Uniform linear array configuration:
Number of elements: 32
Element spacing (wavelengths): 1
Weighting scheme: binomial
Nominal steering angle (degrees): -60
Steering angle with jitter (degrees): -60.226
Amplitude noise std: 0.05
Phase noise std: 0.05

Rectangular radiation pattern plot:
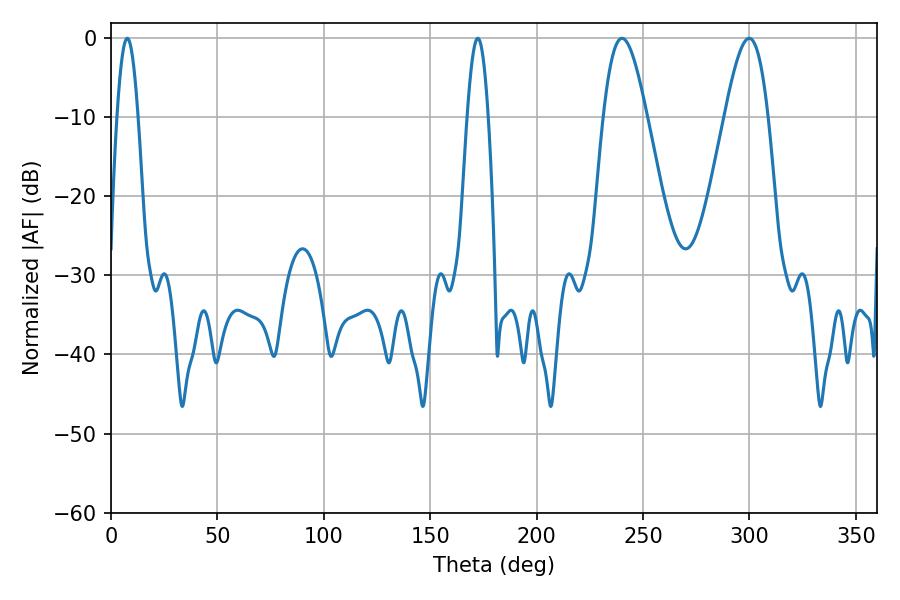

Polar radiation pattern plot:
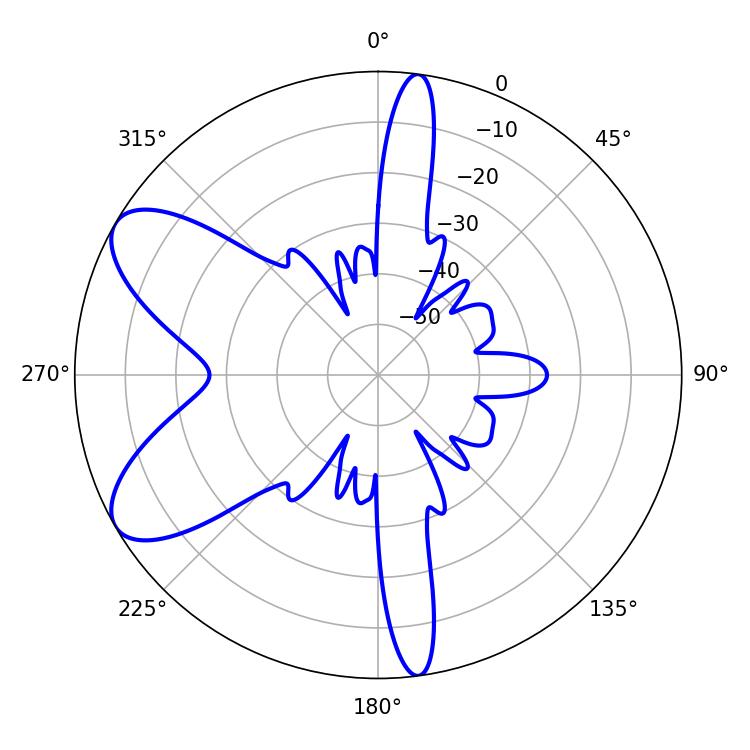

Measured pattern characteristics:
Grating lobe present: TRUE
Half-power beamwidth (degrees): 10.98
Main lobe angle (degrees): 240.12